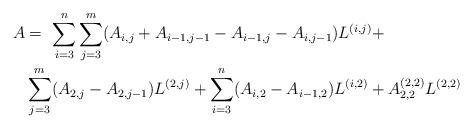
LaTeX: \begin{align*}A&=\ \sum_{i=3}^{n}\sum_{j=3}^{m} (A_{i,j}+A_{i-1,j-1}-A_{i-1,j}-A_{i,j-1})L^{(i,j)}+\\&\sum_{j=3}^{m}(A_{2,j}-A_{2,j-1})L^{(2,j)}+\sum_{i=3}^{n} (A_{i,2}-A_{i-1,2})L^{(i,2)}+A_{2,2}^{(2,2)} L^{(2,2)}\end{align*}